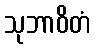
သုဘာဝိတံ